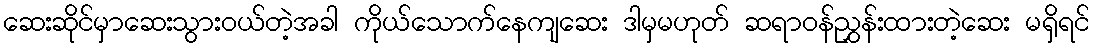
ဆေးဆိုင်မှာဆေးသွားဝယ်တဲ့အခါ ကိုယ်သောက်နေကျဆေး ဒါမှမဟုတ် ဆရာဝန်ညွှန်းထားတဲ့ဆေး မရှိရင်